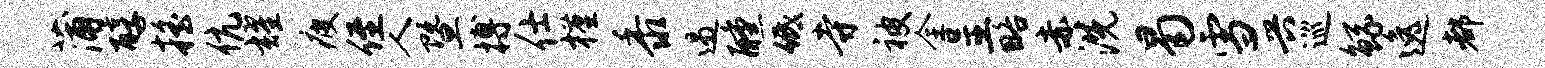
蒲醇摇伉耀疲侄人暨搏仕槿黍遏醺低寺被全呈略赤洗曷雪兴巡鲧逸都